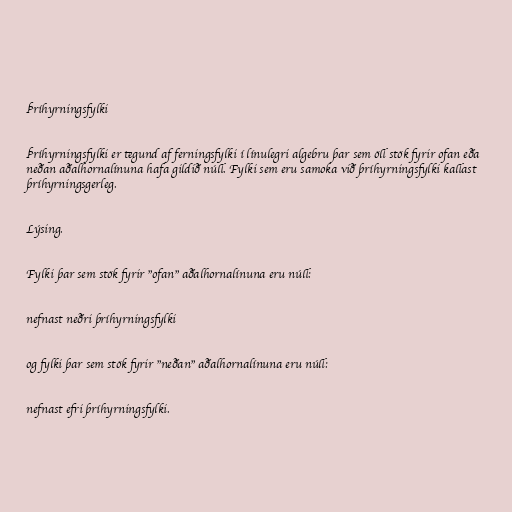
Þríhyrningsfylki

Þríhyrningsfylki er tegund af ferningsfylki í línulegri algebru þar sem öll stök fyrir ofan eða
neðan aðalhornalínuna hafa gildið núll. Fylki sem eru samoka við þríhyrningsfylki kallast
þríhyrningsgerleg.

Lýsing.

Fylki þar sem stök fyrir "ofan" aðalhornalínuna eru núll:

nefnast neðri þríhyrningsfylki

og fylki þar sem stök fyrir "neðan" aðalhornalínuna eru núll:

nefnast efri þríhyrningsfylki.